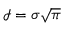
\mathcal { I } = \sigma \sqrt { \pi }